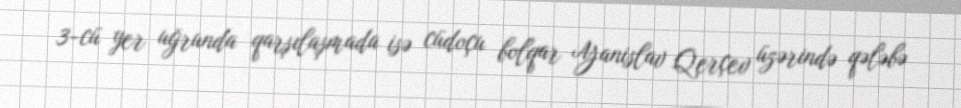
3-cü yer uğrunda qarşılaşmada isə cüdoçu bolqar Yanislav Qerçev üzərində qələbə